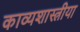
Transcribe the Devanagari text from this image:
काव्यशास्त्रीया